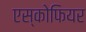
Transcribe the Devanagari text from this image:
एस्कोफियर